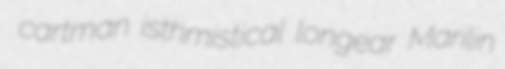
cartman isthmistical longear Marilin